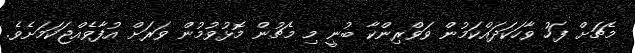
މެޗަށް ފަހު ވާހަކަދައްކަމުން ވަވްރިންކާ ބުނީ މި މެޗުން މޮޅުވުމުން ވަރަށް އުފާވެއްޖަކަމަށެވެ.